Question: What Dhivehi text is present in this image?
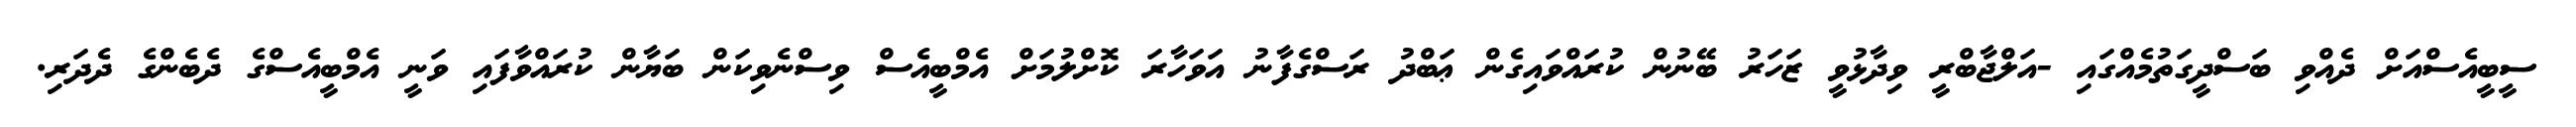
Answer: ސީބީއެސްއަށް ދެއްވި ބަސްދީގަތުމެއްގައި -އަލްޖާބްރީ ވިދާޅުވީ ޒަހަރު ބޭނުން ކުރައްވައިގެން ޢަބްދު ރަސްގެފާނު އަވަހާރަ ކޮށްލުމަށް އެމްބީއެސް ވިސްނެވިކަން ބަޔާން ކުރައްވާފައި ވަނީ އެމްބީއެސްގެ ދެބެންގެ ދެދަރި.